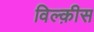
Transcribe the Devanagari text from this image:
विल्क़ीस